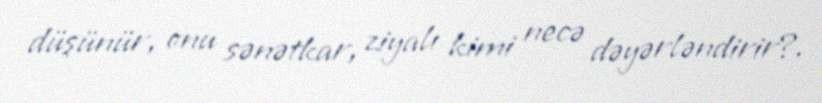
düşünür, onu sənətkar, ziyalı kimi necə dəyərləndirir?.